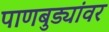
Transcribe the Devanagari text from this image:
पाणबुड्यांवर